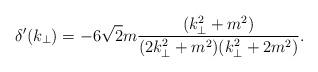
LaTeX: \begin{align*} \delta'(k_{\bot})= -6 \sqrt{2} m \frac{ (k_{\bot}^2+m^2) }{( 2 k_{\bot}^2+m^2 ) (k_{\bot}^2+2 m^2 )}.\end{align*}